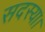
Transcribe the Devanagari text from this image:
सदस्या।